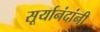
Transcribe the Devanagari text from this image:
सूर्यानंदांनी